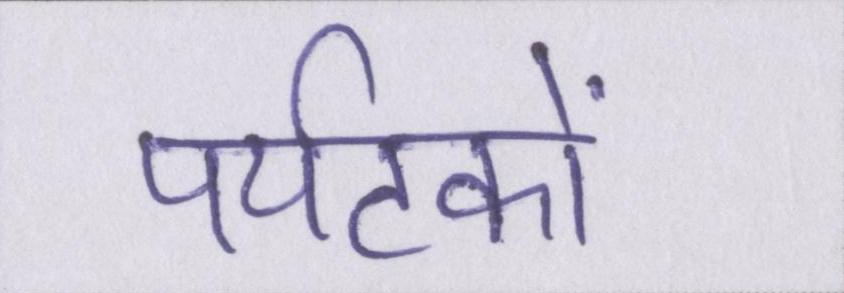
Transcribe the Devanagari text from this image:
पर्यटकों